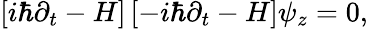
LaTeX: \begin{array}{r}{\left[i\hbar\partial_{t}-H\right]\left[-i\hbar\partial_{t}-H\right]\psi_{z}=0,}\end{array}